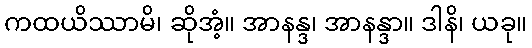
ကထယိဿာမိ၊ ဆိုအံ့။ အာနန္ဒ၊ အာနန္ဒာ။ ဒါနိ၊ ယခု။